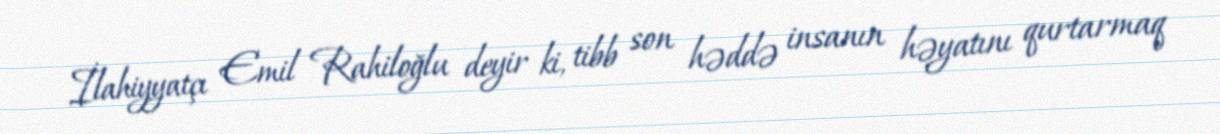
İlahiyyatçı Emil Rahiloğlu deyir ki, tibb son həddə insanın həyatını qurtarmaq